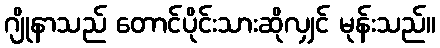
ဂျိုနာသည် တောင်ပိုင်းသားဆိုလျှင် မုန်းသည်။